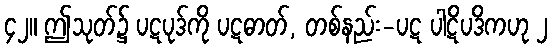
၄၂။ ဤသုတ်၌ ပဋပုဒ်ကို ပဋဓာတ်, တစ်နည်း-ပဋ ပါဋိပဒိကဟု ၂